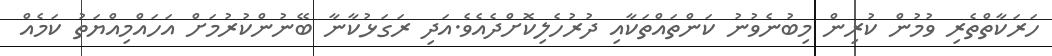
ހަރަކާތްތެރި ވުމުން ކުރިން މިބުނެވުނު ކަންތައްތަކާއި ދުރުހެލިކޮށްދެއެވެ.އަދި ރަގަޅުކާނާ ބޭނުންކުރުމަށް އަހައްމިއްޔަތު ކަމެއް